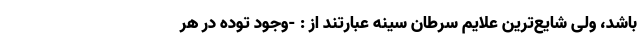
باشد، ولی شایع‌ترین علایم سرطان سینه عبارتند از : -وجود توده در هر